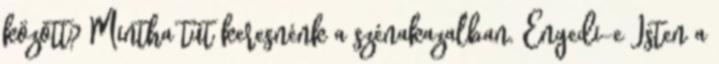
között? Mintha tűt keresnénk a szénakazalban. Engedi-e Isten a